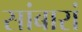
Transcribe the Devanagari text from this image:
सांबारां